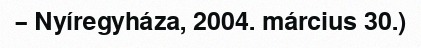
– Nyíregyháza, 2004. március 30.)